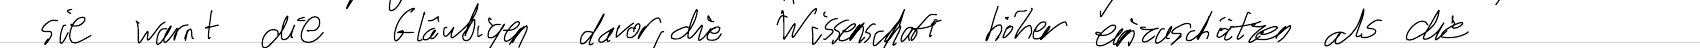
sie warnt die Gläubigen davor, die Wissenschaft höher einzuschätzen als die